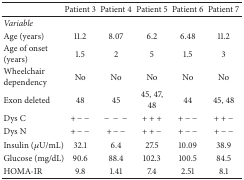
|  | Patient 3 | Patient 4 | Patient 5 | Patient 6 | Patient 7 |
 | --- | --- | --- | --- | --- | --- |
 | Variable |  |  |  |  |  |
 | Age (years) | 11.2 | 8.07 | 6.2 | 6.48 | 11.2 |
 | Age of onset (years) | 1.5 | 2 | 5 | 1.5 | 3 |
 | Wheelchair dependency | No | No | No | No | No |
 | Exon deleted | 48 | 45 | 45, 47, 48 | 44 | 45, 48 |
 | Dys C | + − − | − − − | + + + | + − − | + + − |
 | Dys N | + − − | + − − | + + − | + − − | + − − |
 | Insulin (μU/mL) | 32.1 | 6.4 | 27.5 | 10.09 | 38.9 |
 | Glucose (mg/dL) | 90.6 | 88.4 | 102.3 | 100.5 | 84.5 |
 | HOMA-IR | 9.8 | 1.41 | 7.4 | 2.51 | 8.1 |